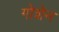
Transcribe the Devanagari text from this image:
गोशेन